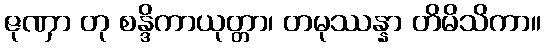
ဇုဏှာ တု စန္ဒိကာယုတ္တာ၊ တမုဿန္နာ တိမိသိကာ။